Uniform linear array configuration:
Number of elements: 64
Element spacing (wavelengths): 0.75
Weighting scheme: blackman
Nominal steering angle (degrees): -45
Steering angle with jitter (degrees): -44.98
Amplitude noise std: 0.05
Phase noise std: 0.05

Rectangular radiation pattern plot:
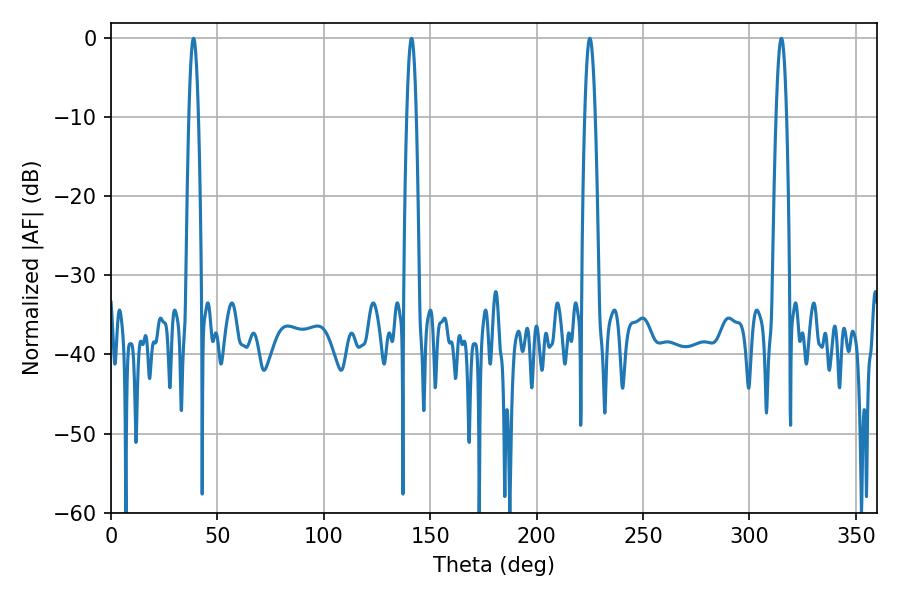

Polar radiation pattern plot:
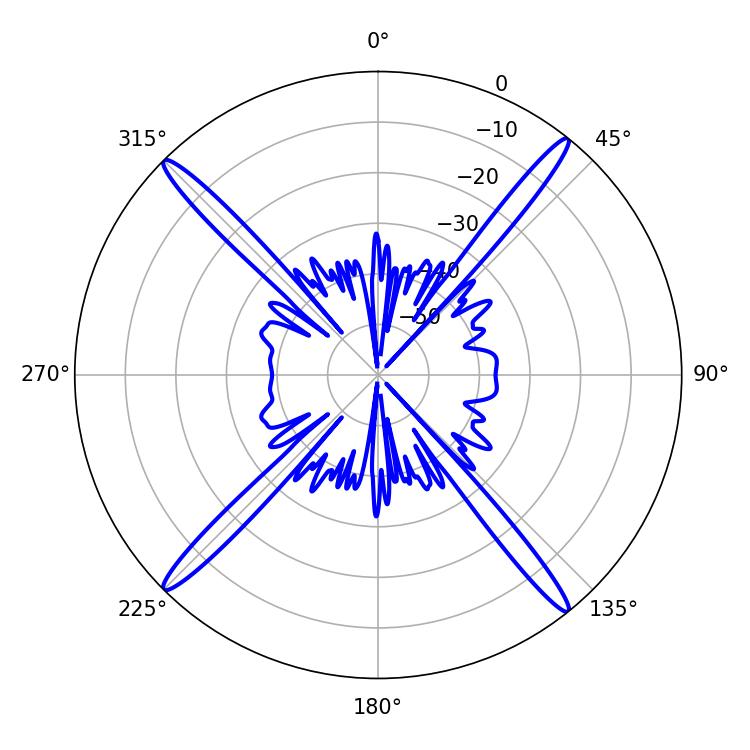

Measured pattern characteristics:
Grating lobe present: TRUE
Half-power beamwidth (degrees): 2.52
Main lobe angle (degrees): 225